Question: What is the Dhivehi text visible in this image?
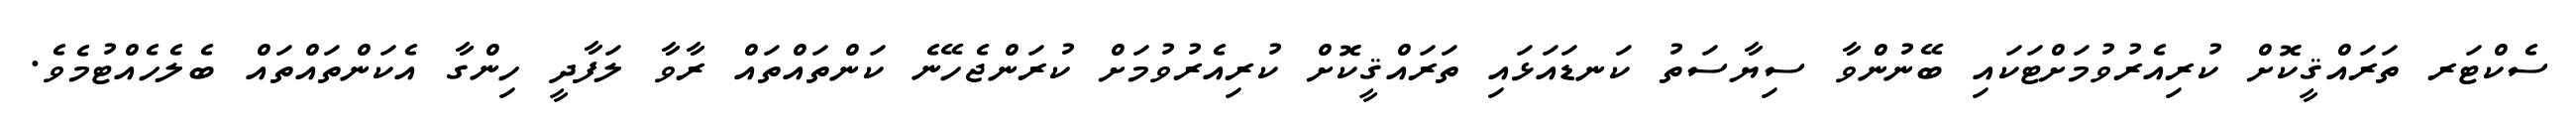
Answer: ސެކްޓަރ ތަރައްޤީކޮށް ކުރިއެރުވުމަށްޓަކައި ބޭނުންވާ ސިޔާސަތު ކަނޑައަޅައި ތަރައްޤީކޮށް ކުރިއެރުވުމަށް ކުރަންޖެހޭނެ ކަންތައްތައް ރާވާ ލަފާދީ ހިންގާ އެކަންތައްތައް ބެލެހެއްޓުމެވެ.